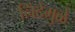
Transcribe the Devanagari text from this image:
निंदेमुळे